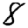
Digit: 8